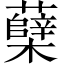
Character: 蘖